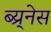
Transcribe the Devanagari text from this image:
ब्य्र्नेस